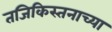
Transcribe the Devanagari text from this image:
तजिकिस्तनाच्या